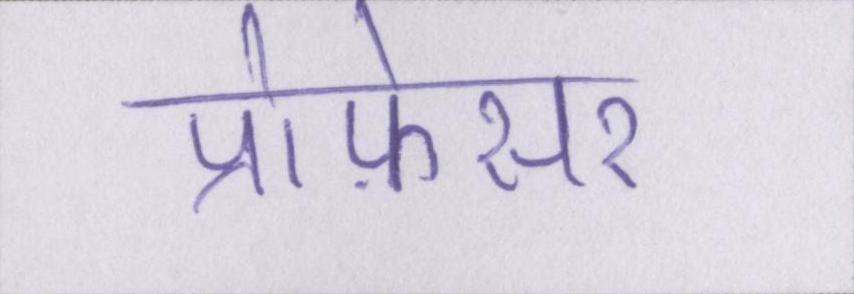
प्रोफ़ेसर